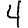
Digit: 4